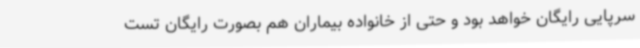
سرپایی رایگان خواهد بود و حتی از خانواده بیماران هم بصورت رایگان تست